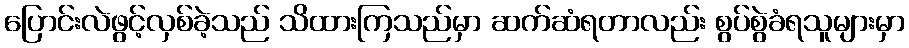
ပြောင်းလဲဖွင့်လှစ်ခဲ့သည် သိထားကြသည်မှာ ဆက်ဆံရတာလည်း စွပ်စွဲခံရသူများမှာ